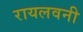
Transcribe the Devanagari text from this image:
रायलवनी